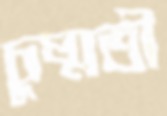
চুষ্মতী